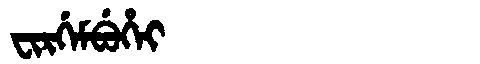
Manchu: ᠸᡳᡵᡤᡝᠮᠪᡠᡥᡝᡳ
Romanization: FIRGEMBUHEI